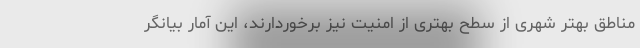
مناطق بهتر شهری از سطح بهتری از امنیت نیز برخوردارند، این آمار بیانگر